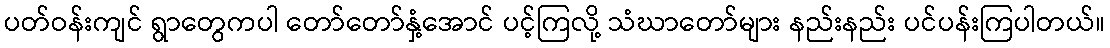
ပတ်ဝန်းကျင် ရွာတွေကပါ တော်တော်နှံ့အောင် ပင့်ကြလို့ သံဃာတော်များ နည်းနည်း ပင်ပန်းကြပါတယ်။